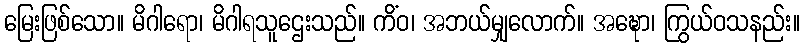
မြေးဖြစ်သော။ မိဂါရော၊ မိဂါရသူဌေးသည်။ ကိံဝ၊ အဘယ်မျှလောက်။ အဍ္ဎော၊ ကြွယ်ဝသနည်း။